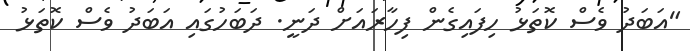
"އަބަދު ވެސް ކޮތަޅު ހިފައިގެން ފިހާރައަށް ދަނީ. ދަބަހުގައި އަބަދު ވެސް ކޮތަޅު